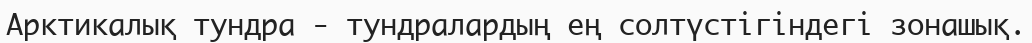
Арктикалық тундра - тундралардың ең солтүстігіндегі зонашық.